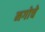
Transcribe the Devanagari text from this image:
नगोचे